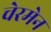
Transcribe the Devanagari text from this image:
चेरमेन